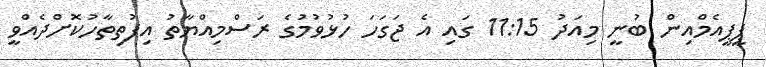
ޕީޕީއެމްއިން ބުނީ މިއަދު 11:15 ގައި އެ ޖަގަހަ ހުޅުވުމުގެ ރަސްމިއްޔާތު އިފުތިތާހުކޮށްދެއްވީ